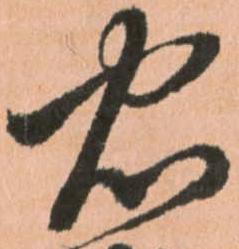
忠